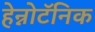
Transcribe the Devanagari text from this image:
हेन्नोटॅनिक